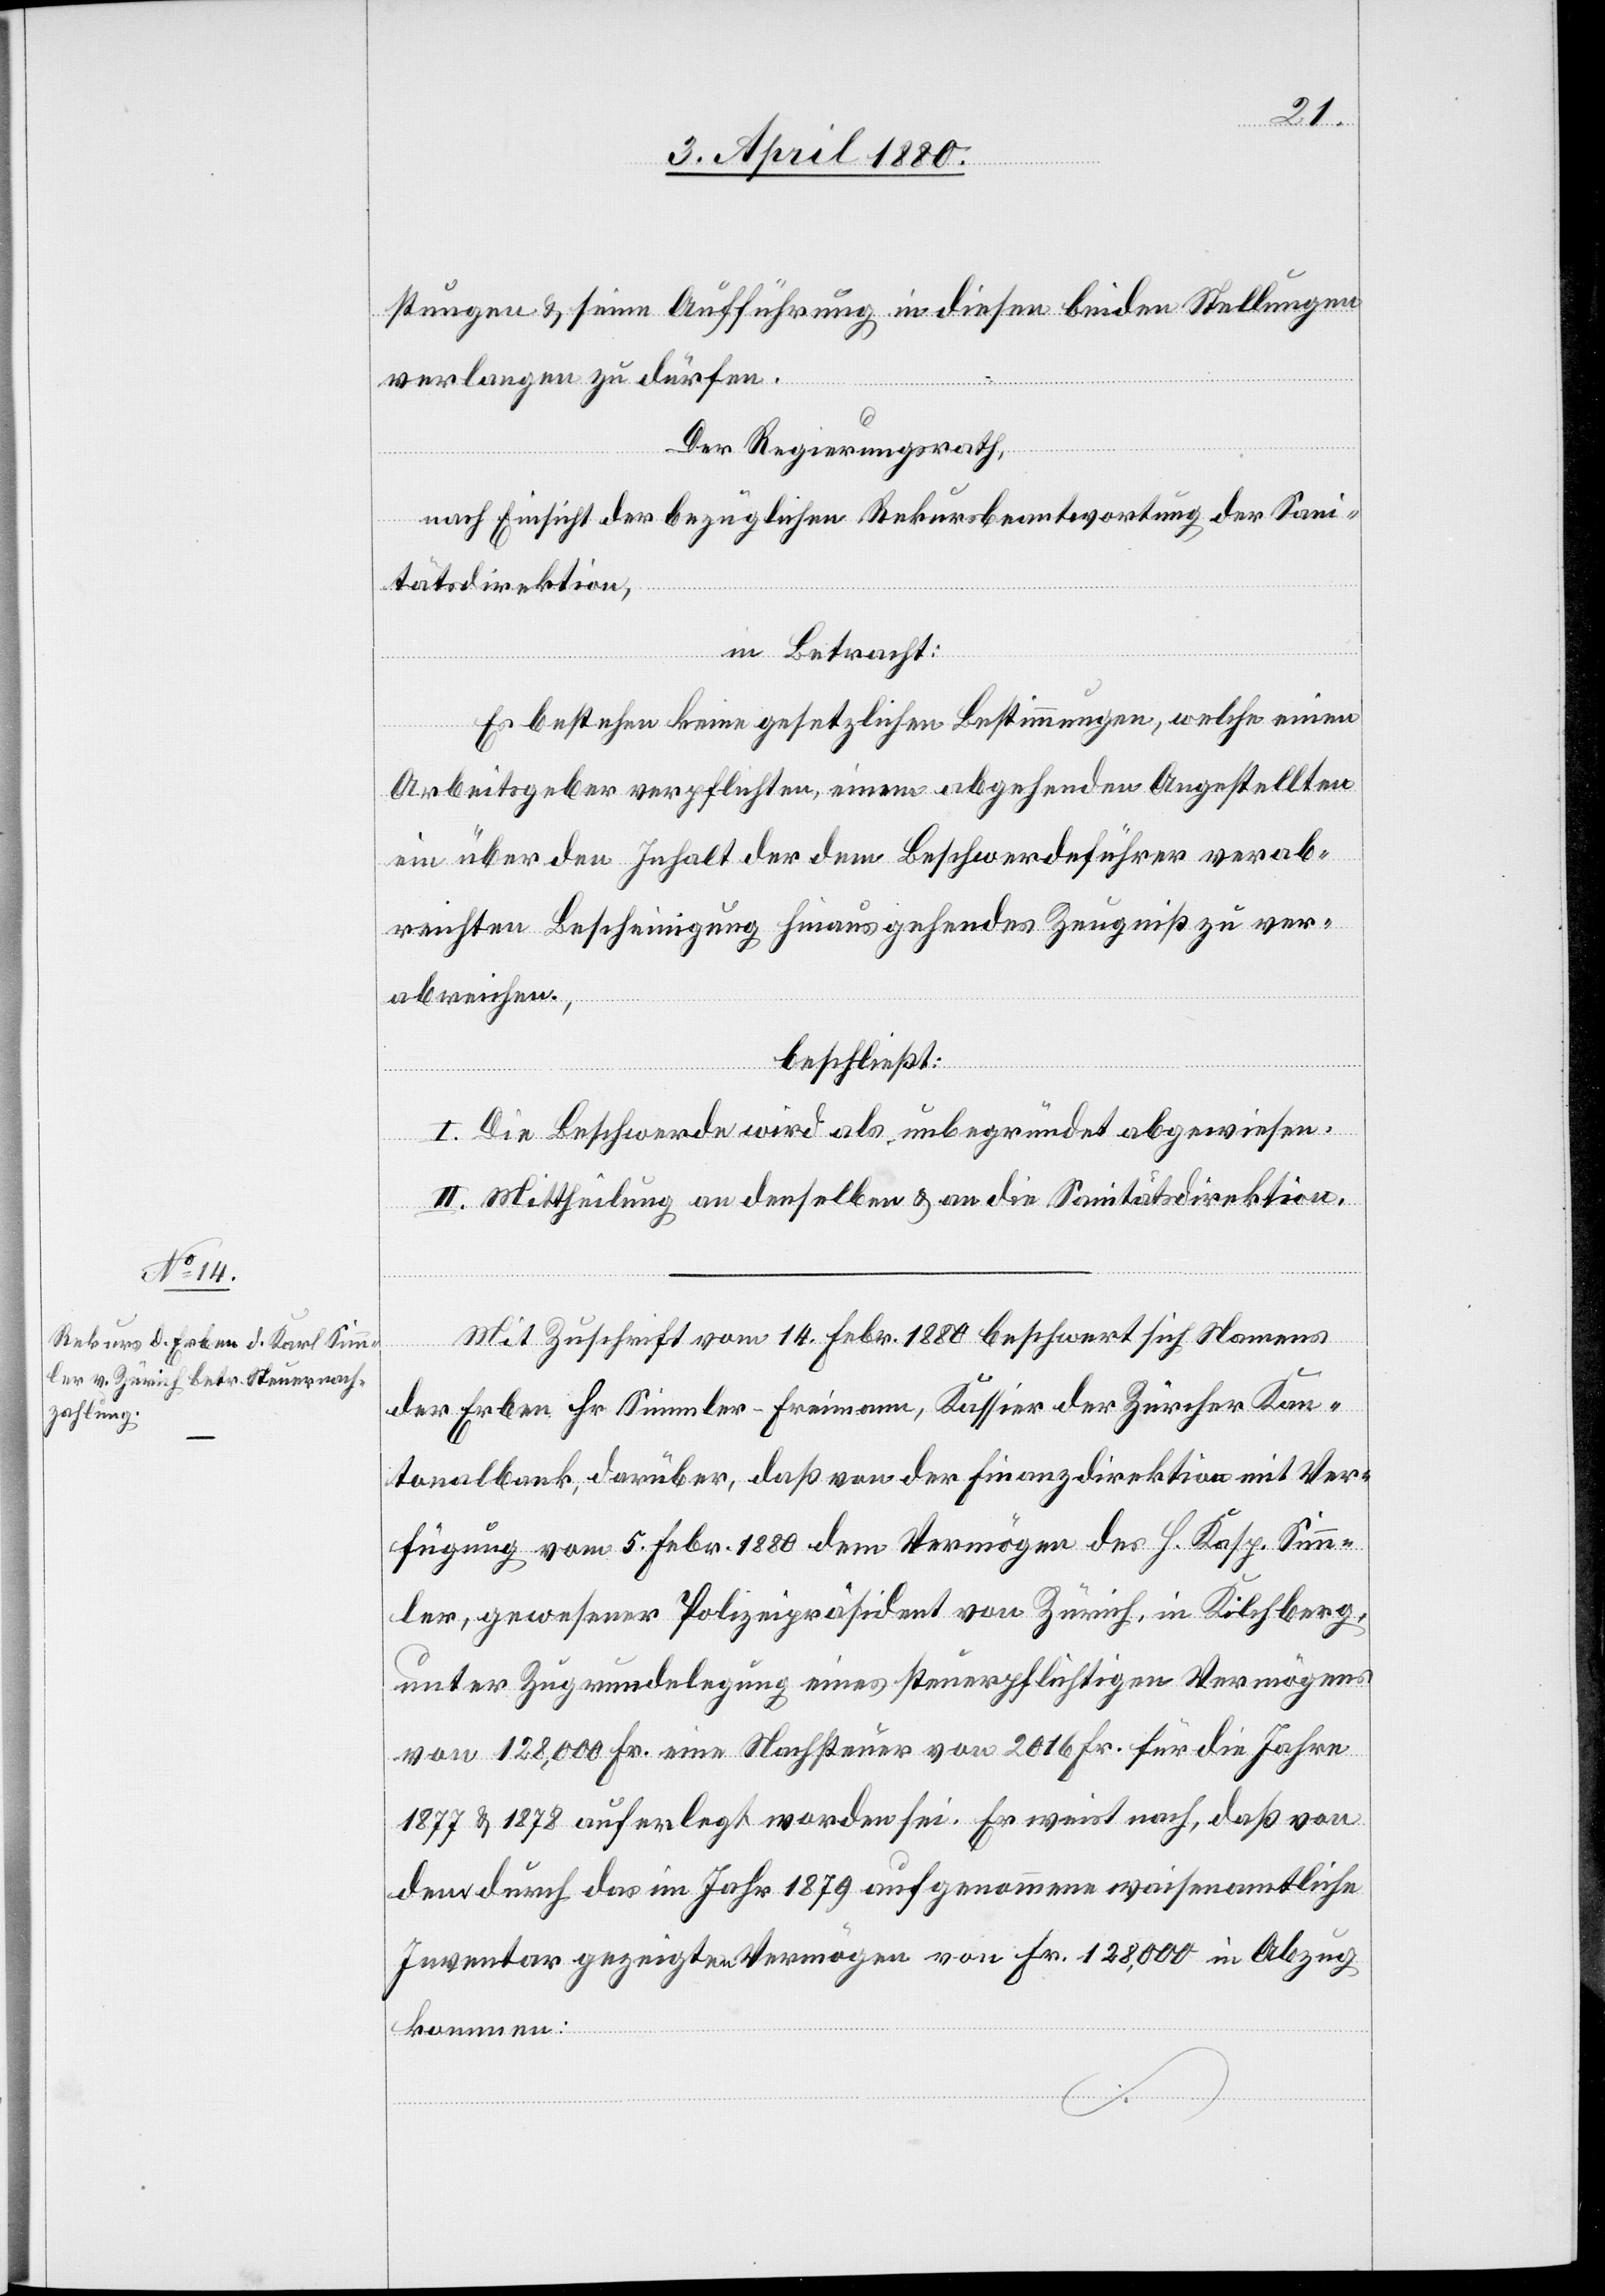
stungen & seine Aufführung in diesen beiden Stellungen
verlangen zu dürfen.
Der Regierungsrath;
nach Einsicht der bezüglichen Rekursbeantwortung der Sani¬
tätsdirektion,
in Betracht:
Es bestehen keine gesetzlichen Bestimmungen, welche einen
Arbeitsgeber verpflichten, einem abgehenden Angestellten
ein über den Inhalt der dem Beschwerdeführer verab¬
reichten Bescheinigung hinaus gehendes Zeugniß zu ver¬
abreichen,
beschließt:
I. Die Beschwerde wird als unbegründet abgewiesen.
II. Mittheilung an denselben & an die Sanitätsdirektion.
Mit Zuschrift vom 14. Febr. 1880 beschwert sich Namens
der Erben Hr. Simmler-Freimann, Kassier der Zürcher Kan¬
tonalbank, darüber, daß von der Finanzdirektion mit Ver¬
fügung vom 5. Febr. 1880 dem Vermögen des H. Kasp. Simm¬
ler, gewesener Polizeipräsident von Zürich, in Kilchberg,
unter Zugrundelegung eines steuerpflichtigen Vermögens
von 128,000 Fr. eine Nachsteuer von 2016 Fr. für die Jahre
1877 & 1878 auferlegt worden sei. Er weist nach, daß von
den durch das im Jahr 1879 aufgenommene waisenamtliche
Inventar gezeigte Vermögen von Fr. 128,000 in Abzug
kommen: